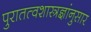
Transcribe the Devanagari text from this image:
पुरातत्वशास्त्रज्ञांनुसार